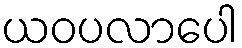
ယဝပလာပေါ